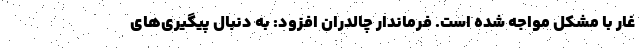
غار با مشکل مواجه شده است. فرماندار چالدران افزود: به دنبال پیگیری‌های